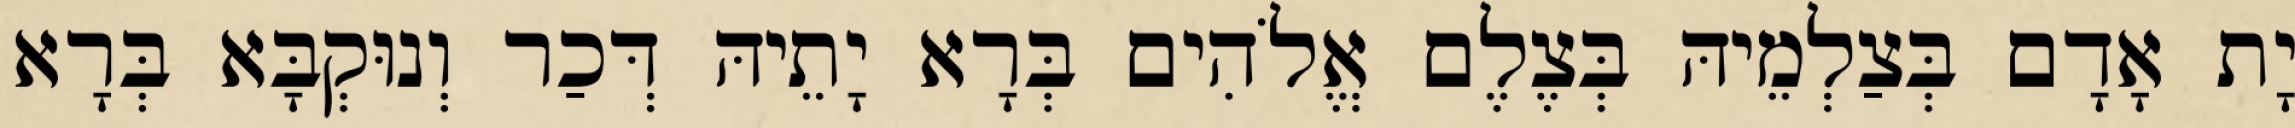
יָת אָדָם בְּצַלְמֵיהּ בְּצֶלֶם אֱלֹהִים בְּרָא יָתֵיהּ דְּכַר וְנוּקְבָּא בְּרָא